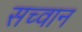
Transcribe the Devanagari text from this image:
सच्वान